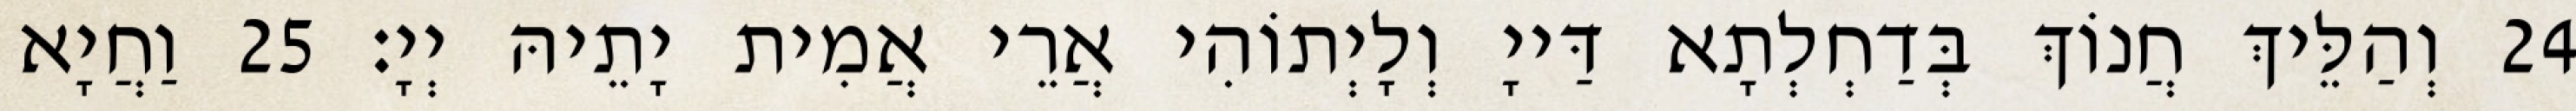
24 וְהַלֵּיךְ חֲנוֹךְ בְּדַחְלְתָא דַּייָ וְלָיְתוֹהִי אֲרֵי אֲמִית יָתֵיהּ יְיָ׃ 25 וַחֲיָא